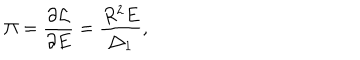
LaTeX: \Pi = \frac { \partial { \cal L } } { \partial E } = \frac { R ^ { 2 } E } { \bigtriangleup _ { 1 } } ,